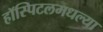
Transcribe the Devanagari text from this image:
हॉस्पिटलमधल्या